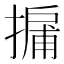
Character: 𢳹